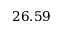
2 6 . 5 9